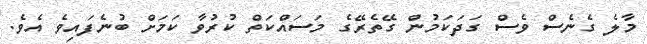
މާލެ ގެނެސް ވެސް ގަދަކަމުން ގޭތެރޭގެ މަސައްކަތް ކުރުވާ ކަމަށް ބުނެފައިވެ އެވެ.